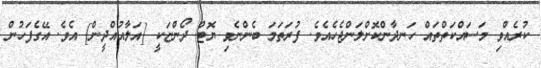
ކުރެއްވި މަސައްކަތްތައް ހަނދާންކޮށްލަންޖެހެއެވެ. ފުރަތަމަ ބެންނެވި ޔޮޓް ދޯންޏަކީ [އަލާއުއްދީން] އެވެ. އޭގެފަހުން